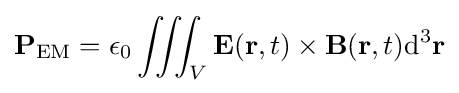
\mathbf {P} _{\textrm {EM}}=\epsilon _{0}\iiint _{V}\mathbf {E} (\mathbf {r} ,t)\times \mathbf {B} (\mathbf {r} ,t){\textrm {d}}^{3}\mathbf {r}